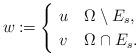
LaTeX: \begin{align*}w \coloneqq \begin{cases}\ u & \Omega\setminus E_s,\\\ v & \Omega\cap E_s.\end{cases}\end{align*}